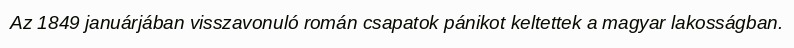
Az 1849 januárjában visszavonuló román csapatok pánikot keltettek a magyar lakosságban.